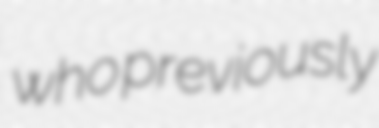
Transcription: who previously